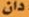
دان